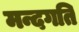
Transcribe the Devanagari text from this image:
मन्दगति